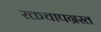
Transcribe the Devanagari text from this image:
रक्तचापग्रस्त